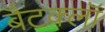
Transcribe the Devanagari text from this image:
बैटक्लॉ